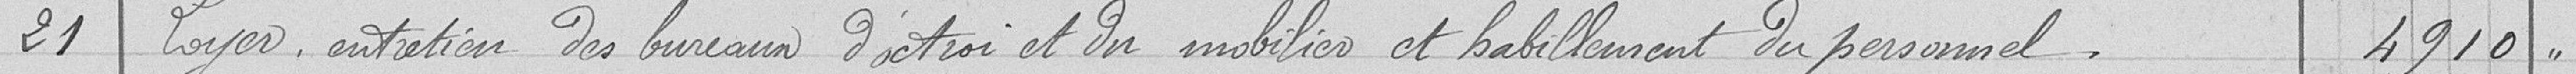
21 loyer, entretien des bureaux d'octroi et du mobilier et habillement du personnel.